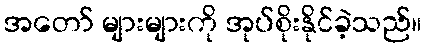
အတော် များများကို အုပ်စိုးနိုင်ခဲ့သည်။